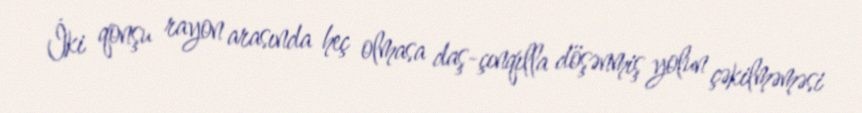
İki qonşu rayon arasında heç olmasa daş-çınqılla döşənmiş yolun çəkilməməsi